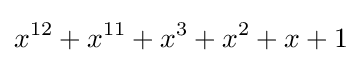
x^{12}+x^{11}+x^{3}+x^{2}+x+1